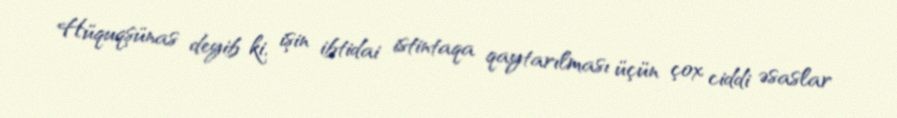
Hüquqşünas deyib ki, işin ibtidai istintaqa qaytarılması üçün çox ciddi əsaslar